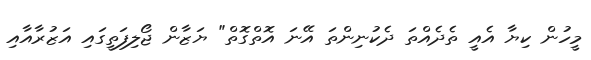
މީހުން ކިޔާ އެއީ ތެދެއްތަ ދެކުނިންތަ އޭނަ އޮތްގޮތް" ޔަޒާން ޖޯލިފަތީގައި އަޒުރާއާއި